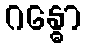
ဂန္ဓော